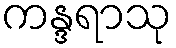
ကန္ဒရာသု